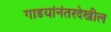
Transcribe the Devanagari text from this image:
गाडयांनंतरदेखील